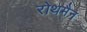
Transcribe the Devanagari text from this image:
रोथमैन